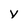
Character: v